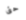
حتى